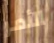
الأمر